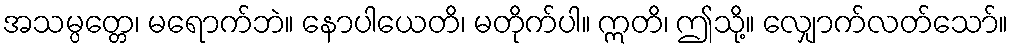
အသမ္ပတ္တေ၊ မရောက်ဘဲ။ နောပါယေတိ၊ မတိုက်ပါ။ ဣတိ၊ ဤသို့။ လျှောက်လတ်သော်။